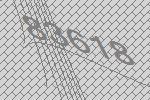
83618